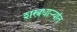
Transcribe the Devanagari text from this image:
शस्त्रधार्‍यांत